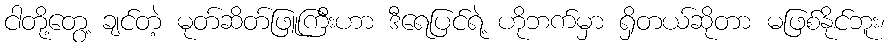
ငါတို့တွေ့ ချင်တဲ့ မုတ်ဆိတ်ဖြူကြီးဟာ ဒီရေပြင်ရဲ့ ဟိုဘက်မှာ ရှိတယ်ဆိုတာ မဖြစ်နိုင်ဘူး၊